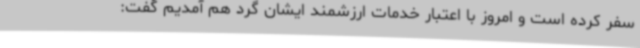
سفر کرده است و امروز با اعتبار خدمات ارزشمند ایشان گرد هم آمدیم گفت: